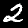
Digit: 2